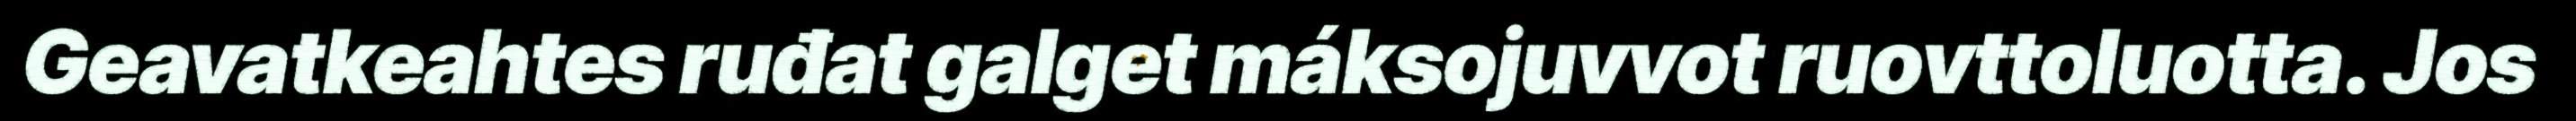
Geavatkeahtes ruđat galget máksojuvvot ruovttoluotta. Jos